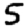
Digit: 5